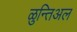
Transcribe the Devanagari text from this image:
ळुन्तिअल